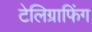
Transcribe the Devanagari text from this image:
टेलिग्राफिंग